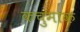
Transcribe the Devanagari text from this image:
कचुमाक